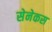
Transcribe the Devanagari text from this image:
सेनेकस